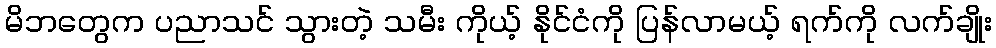
မိဘတွေက ပညာသင် သွားတဲ့ သမီး ကိုယ့် နိုင်ငံကို ပြန်လာမယ့် ရက်ကို လက်ချိုး